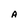
Character: A